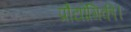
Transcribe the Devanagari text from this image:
प्रौद्योगिकी।